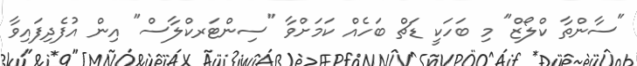
"ސާންތާ ކްލޯޒް" މި ބަހަކީ ޑަޗް ބަހެއް ކަމަށްވާ "ސިންޓަރކްލާސް" އިން އުފެދިފައިވާ